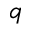
q